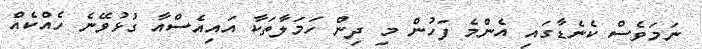
ނަމަވެސް ކެނެޑާގައި އެންމެ ފަހުން މި ދިން ހަމަލާތަކާ އައިއެސްއާ ގުޅުވޭނެ ހެއްކެއް